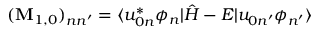
( \mathbf { M } _ { 1 , 0 } ) _ { n n ^ { \prime } } = \langle u _ { 0 n } ^ { * } \phi _ { n } | \hat { H } - E | u _ { 0 n ^ { \prime } } \phi _ { n ^ { \prime } } \rangle